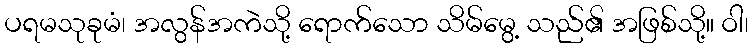
ပရမသုခုမံ၊ အလွန်အကဲသို့ ရောက်သော သိမ်မွေ့ သည်၏ အဖြစ်သို့။ ဝါ၊